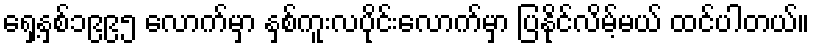
ရှေ့နှစ်၁၉၉၅ လောက်မှာ နှစ်ကူးလပိုင်းလောက်မှာ ပြနိုင်လိမ့်မယ် ထင်ပါတယ်။